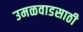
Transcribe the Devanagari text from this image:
उमळवाडसाठी